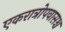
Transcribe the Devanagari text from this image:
एकरात्रोपवासश्च